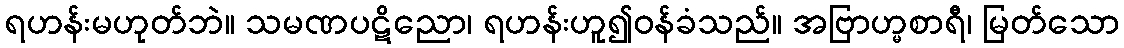
ရဟန်းမဟုတ်ဘဲ။ သမဏပဋိညော၊ ရဟန်းဟူ၍ဝန်ခံသည်။ အဗြာဟ္မစာရီ၊ မြတ်သော